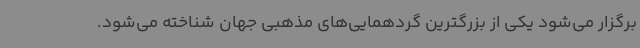
برگزار می‌شود یکی از بزرگترین گردهمایی‌های مذهبی جهان شناخته می‌شود.